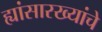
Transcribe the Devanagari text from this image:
ह्यांसारख्यांचे